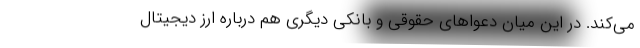
می‌کند. در این میان دعواهای حقوقی و بانکی دیگری هم درباره ارز دیجیتال